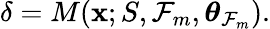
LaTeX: \delta=M(\mathbf{x};S,\mathcal{F}_{m},\boldsymbol{\theta}_{\mathcal{F}_{m}}).